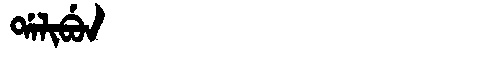
Manchu: ᡩᠠᠯᡳᠪᡠᠨ
Romanization: DALIBUN